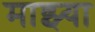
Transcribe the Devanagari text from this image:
माझ्या